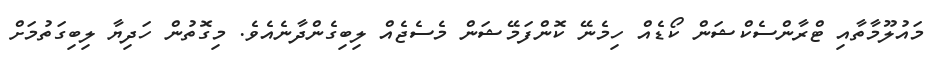
މައުލޫމާތާއި ޓްރާންސެކްޝަން ކޯޑެއް ހިމެނޭ ކޮންފަމޭޝަން މެސެޖެއް ލިބިގެންދާނެއެވެ. މިގޮތުން ހަދިޔާ ލިބިގަތުމަށް